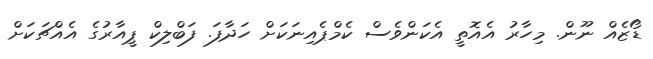
ޑޯޒެއް ނޫން. މިހާރު އެއޮތީ އެކަންވެސް ކެމްޕެއިނަކަށް ހަދާފަ. ފަބްލިކް ޕީއާރުގެ އެއްޗަކަށް